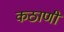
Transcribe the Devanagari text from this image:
कठाणी